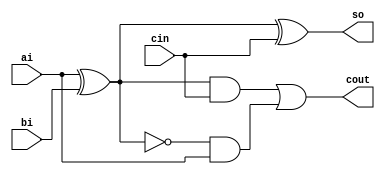
//------------------------------------------------------------------------------
  //
  //  Status         : phase 000
  //  Reset          : 2022-12-4
  //  Description    : [logic] to [do one bit full adder]
  //
//------------------------------------------------------------------------------

module booth2_mul_3to2adder (
  // dat_i
  ai      ,
  bi      ,
  cin     ,
  // dat_o
  cout    ,
  so
);

//*** PARAMETER ****************************************************************
  // NULL
//*** INPUT/OUTPUT *************************************************************
  // dat_i
  input    ai    ;
  input    bi    ;
  input    cin   ;
  // dat_o
  output   cout  ;
  output   so    ;
//*** WIRE/REG *****************************************************************
  wire     xor1_o_w ;
  wire     xor2_o_w ;
  wire     and1_o_w ;
  wire     and2_o_w ;
  wire     or1_o_w  ; 
//*** MaiN BODY ****************************************************************
  // output
  assign so   = xor2_o_w ;
  assign cout = or1_o_w  ;

  // main 
  assign or1_o_w  = and1_o_w | and2_o_w ;
  assign and1_o_w = xor1_o_w & cin ;
  assign and2_o_w = ~xor1_o_w & ai ;
  assign xor2_o_w = xor1_o_w ^ cin ;
  assign xor1_o_w = ai ^ bi ;

//*** DEBUG ********************************************************************

  `ifdef DBUG
    // NULL
  `endif
endmodule